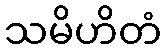
သမိဟိတံ